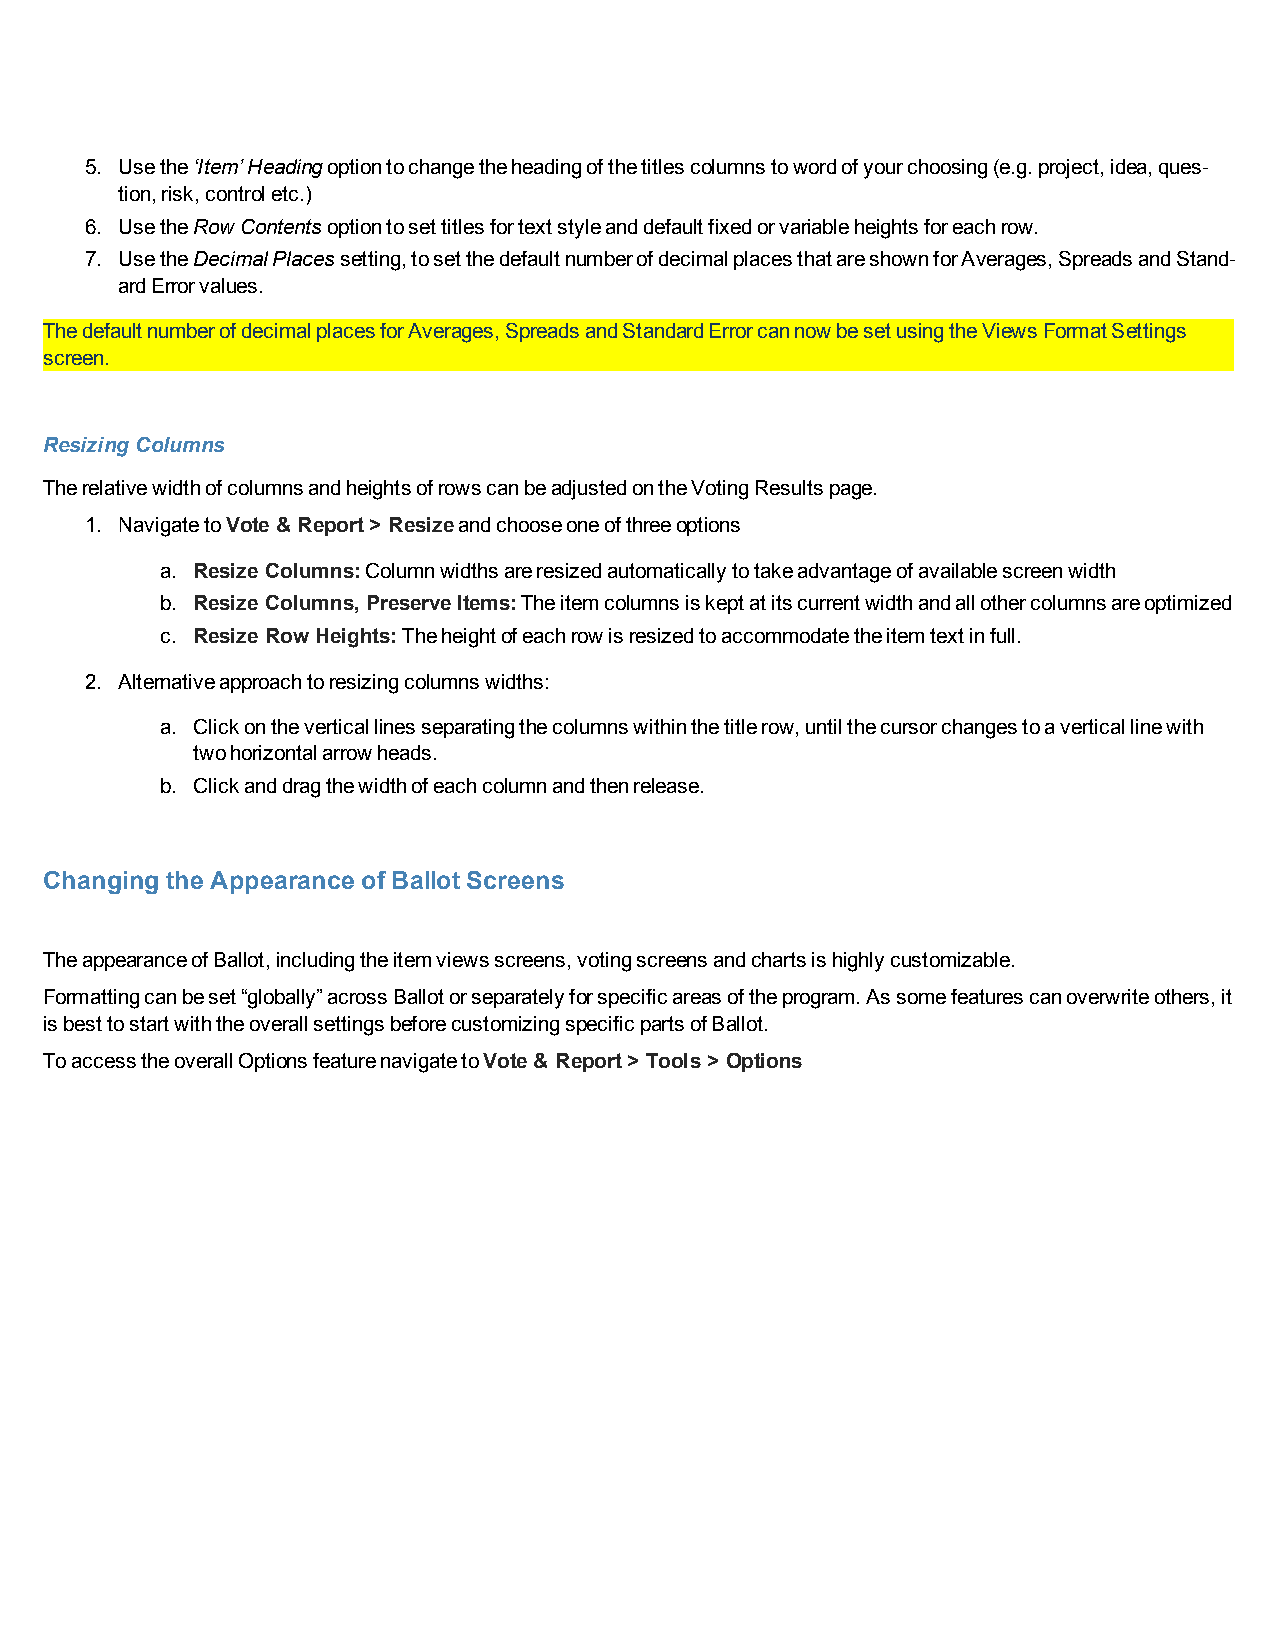
5. Usethe‘Item’Headingoptiontochangetheheadingofthetitlescolumnstowordofyourchoosing(e.g.project,idea,ques-
 tion,risk,controletc.)
 6. UsetheRowContentsoptiontosettitlesfortextstyleanddefaultfixedorvariableheightsforeachrow.
 7. UsetheDecimalPlacessetting,tosetthedefaultnumberofdecimalplacesthatareshownforAverages,SpreadsandStand-
 ardErrorvalues.
 ThedefaultnumberofdecimalplacesforAverages,SpreadsandStandardErrorcannowbesetusingtheViewsFormat Settings
 screen.
 ResizingColumns
 TherelativewidthofcolumnsandheightsofrowscanbeadjustedontheVotingResultspage.
 1. NavigatetoVote& Report> Resizeandchooseoneofthreeoptions
 a. ResizeColumns:Columnwidthsareresizedautomaticallytotakeadvantageofavailablescreenwidth
 b. ResizeColumns, PreserveItems:Theitemcolumnsiskeptatitscurrentwidthandallothercolumnsareoptimized
 c. ResizeRowHeights:Theheightofeachrowisresizedtoaccommodatetheitemtextinfull.
 2. Alternativeapproachtoresizingcolumnswidths:
 a. Clickontheverticallinesseparatingthecolumnswithinthetitlerow,untilthecursorchangestoaverticallinewith
 twohorizontalarrowheads.
 b. Clickanddragthewidthofeachcolumnandthenrelease.
 Changing the Appearance ofBallotScreens
 TheappearanceofBallot,includingtheitemviewsscreens,votingscreensandchartsishighlycustomizable.
 Formattingcanbeset“globally”acrossBallotorseparatelyforspecificareasoftheprogram.Assomefeaturescanoverwriteothers,it
 isbesttostartwiththeoverallsettingsbeforecustomizingspecificpartsofBallot.
 ToaccesstheoverallOptionsfeaturenavigatetoVote& Report> Tools> Options